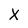
Character: x